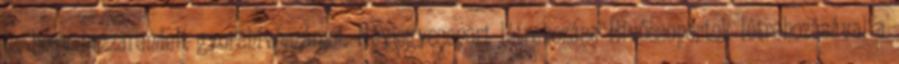
is, hogy hozzárendelt gyorshívószámot. Névjegycsoport létrehozása Hívócsoportok létrehozásával a